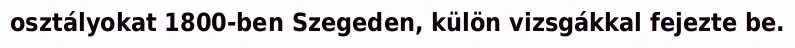
osztályokat 1800-ben Szegeden, külön vizsgákkal fejezte be.